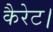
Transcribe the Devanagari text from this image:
कैरेट।